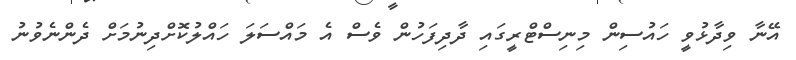
އޭނާ ވިދާޅުވީ ހައުސިން މިނިސްޓްރީގައި ދާދިފަހުން ވެސް އެ މައްސަލަ ހައްލުކޮށްދިނުމަށް ދެންނެވުނު